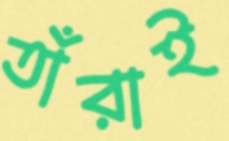
তাঁরাই